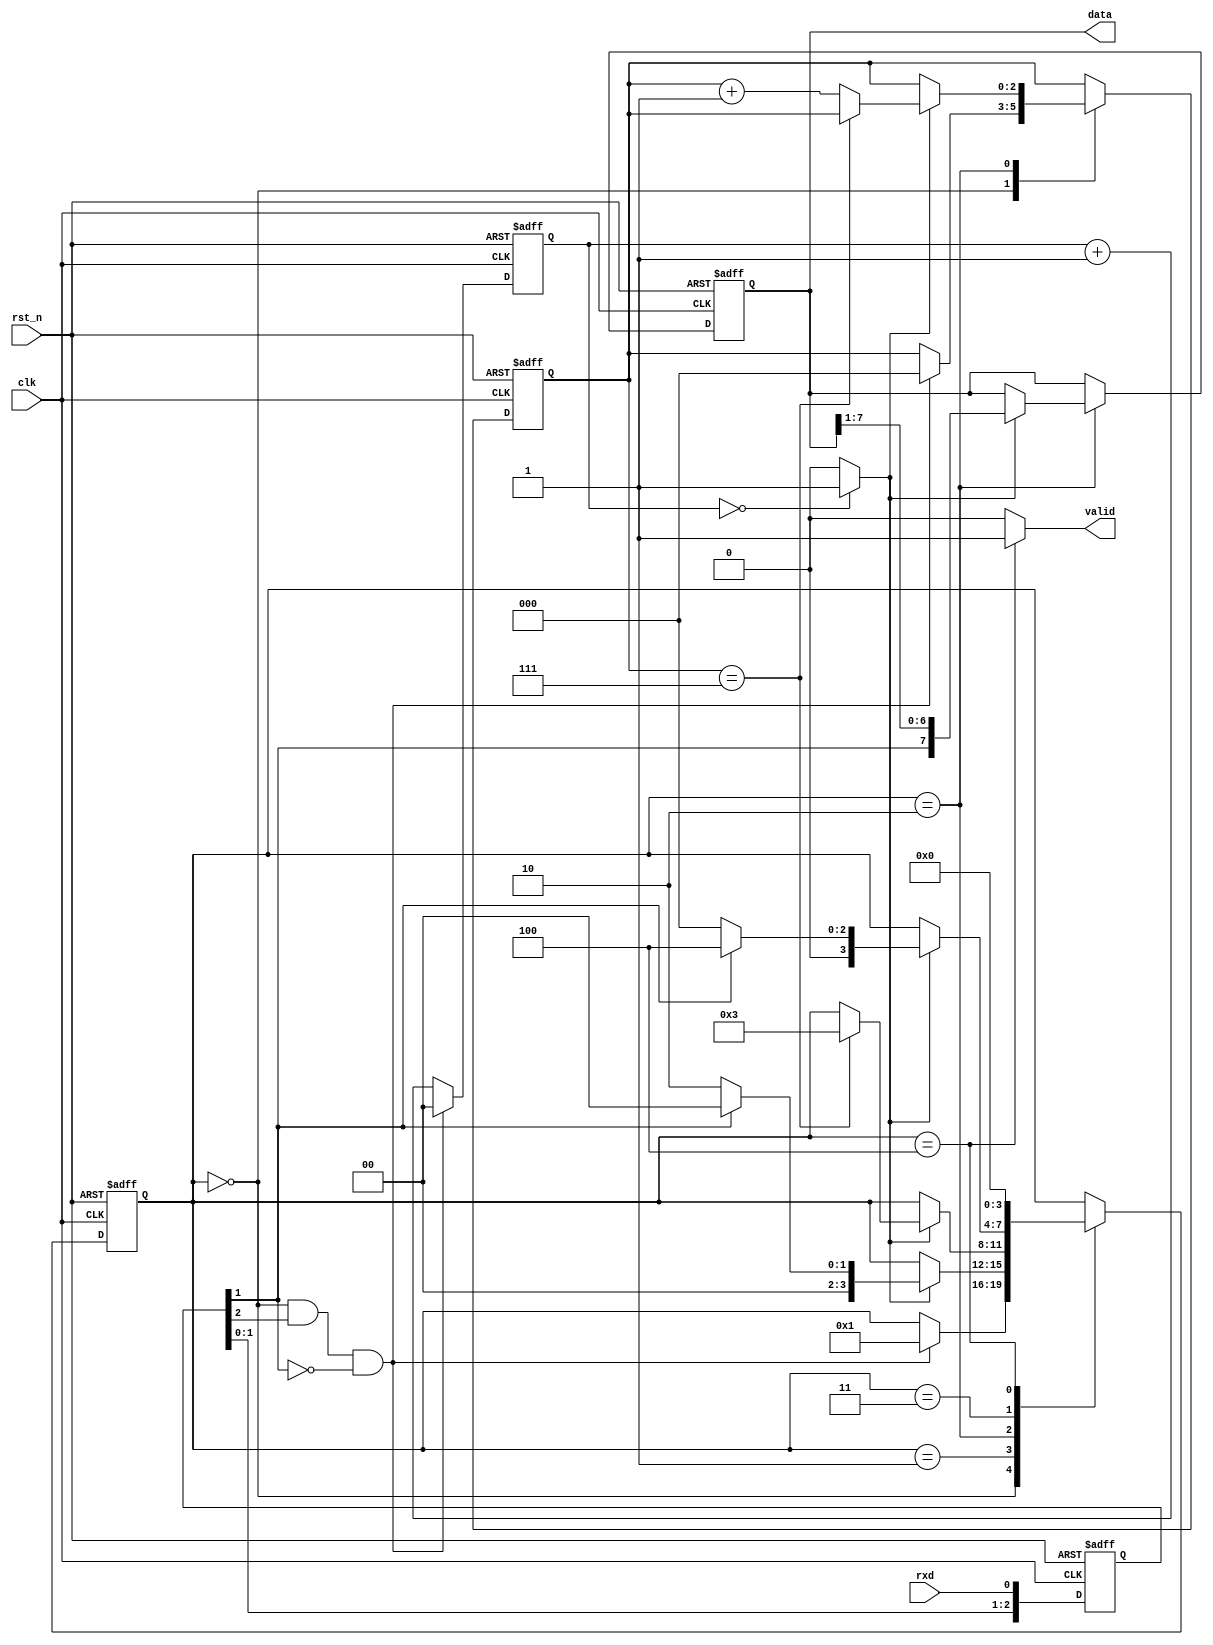
module uartcon_rx
  (
   input        rst_n,
   input        clk,
   input        rxd,
   output       valid,
   output [7:0] data
   );
   reg [2:0]    reg_rxd;
   reg [1:0]    sample_count;
   reg [2:0]    bit_count;
   reg [7:0]    rx_data;
   reg [3:0]    state;
   localparam S_IDLE    = 4'd0;
   localparam S_START   = 4'd1;
   localparam S_DATA    = 4'd2;
   localparam S_STOP    = 4'd3;
   localparam S_LAST    = 4'd4;
   wire         detect_startbit, sample_point;
   always @(posedge clk or negedge rst_n) begin
      if(!rst_n) begin
         reg_rxd[2:0] <= 3'd0;
      end else begin
         reg_rxd[2:0] <= {reg_rxd[1:0], rxd};
      end
   end
   assign detect_startbit = (state == S_IDLE) && (reg_rxd[2] == 1'b1) && (reg_rxd[1] == 1'b0);
   always @(posedge clk or negedge rst_n) begin
      if(!rst_n) begin
         sample_count[1:0] <= 2'd0;
      end else begin
         if(detect_startbit == 1'b1) begin
            sample_count[1:0] <= 2'd0;
         end else begin
            sample_count[1:0] <= sample_count[1:0] + 2'd1;
         end
      end
   end
   assign sample_point = (sample_count[1:0] == 2'd0)?1'b1:1'b0;
   always @(posedge clk or negedge rst_n) begin
      if(!rst_n) begin
         state <= S_IDLE;
         bit_count[2:0] <= 3'd0;
         rx_data[7:0] <= 8'd0;
      end else begin
         case(state)
           S_IDLE: begin
              if(detect_startbit == 1'b1) begin
                 state <= S_START;
                 bit_count[2:0] <= 3'd0;
              end
           end
           S_START: begin
              if(sample_point == 1'b1) begin
                 if(reg_rxd[1] == 1'b0) begin
                    state <= S_DATA;
                 end else begin
                    state <= S_IDLE;
                 end
              end
           end
           S_DATA: begin
              if(sample_point == 1'b1) begin
                 rx_data[7:0] <= {reg_rxd[1], rx_data[7:1]};
                 if(bit_count[2:0] == 3'd7) begin
                    state <= S_STOP;
                 end else begin
                    bit_count[2:0] <= bit_count[2:0] + 3'd1;
                 end
              end
           end
           S_STOP: begin
              if(sample_point == 1'b1) begin
                 if(reg_rxd[1] == 1'b1) begin
                    state <= S_LAST;
                 end else begin
                    state <= S_IDLE;
                 end
              end
           end
           S_LAST: begin
              state <= S_IDLE;
           end
         endcase
      end
   end
   assign valid = (state == S_LAST)?1'b1:1'b0;
   assign data[7:0] = rx_data[7:0];
endmodule